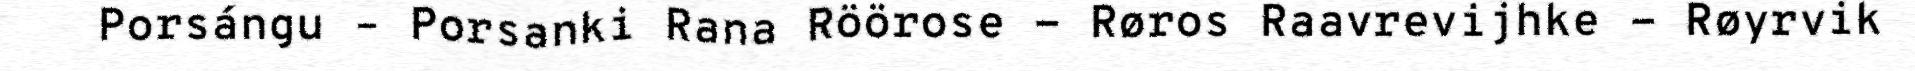
Porsángu – Porsanki Rana Röörose - Røros Raavrevijhke - Røyrvik